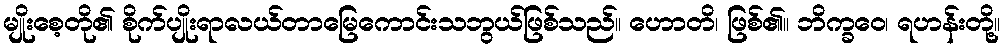
မျိုးစေ့တို၏ စိုက်ပျိုးရာလယ်တာမြေကောင်းသဘွယ်ဖြစ်သည်။ ဟောတိ၊ ဖြစ်၏။ ဘိက္ခဝေ၊ ရဟန်းတို့။